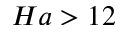
H a > 1 2